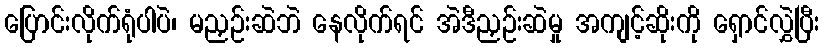
ပြောင်းလိုက်ရုံပါပဲ၊ မညှဉ်းဆဲဘဲ နေလိုက်ရင် အဲဒီညှဉ်းဆဲမှု အကျင့်ဆိုးကို ရှောင်လွှဲပြီး